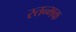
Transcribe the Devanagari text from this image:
स्तन्भक